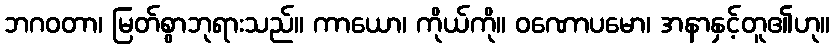
ဘဂဝတာ၊ မြတ်စွာဘုရားသည်။ ကာယော၊ ကိုယ်ကို။ ဝဏောပမော၊ အနာနှင့်တူ၏ဟု။